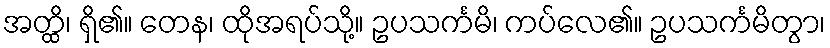
အတ္ထိ၊ ရှိ၏။ တေန၊ ထိုအရပ်သို့။ ဥပသင်္ကမိ၊ ကပ်လေ၏။ ဥပသင်္ကမိတွာ၊